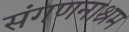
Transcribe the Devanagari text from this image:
संगणनाश्रम